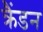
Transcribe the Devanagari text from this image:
क्रैंडन